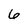
Character: 6